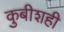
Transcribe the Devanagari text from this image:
कुबीशही